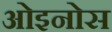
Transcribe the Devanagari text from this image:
ओइनोस